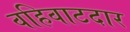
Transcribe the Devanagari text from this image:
वहिवाटदार